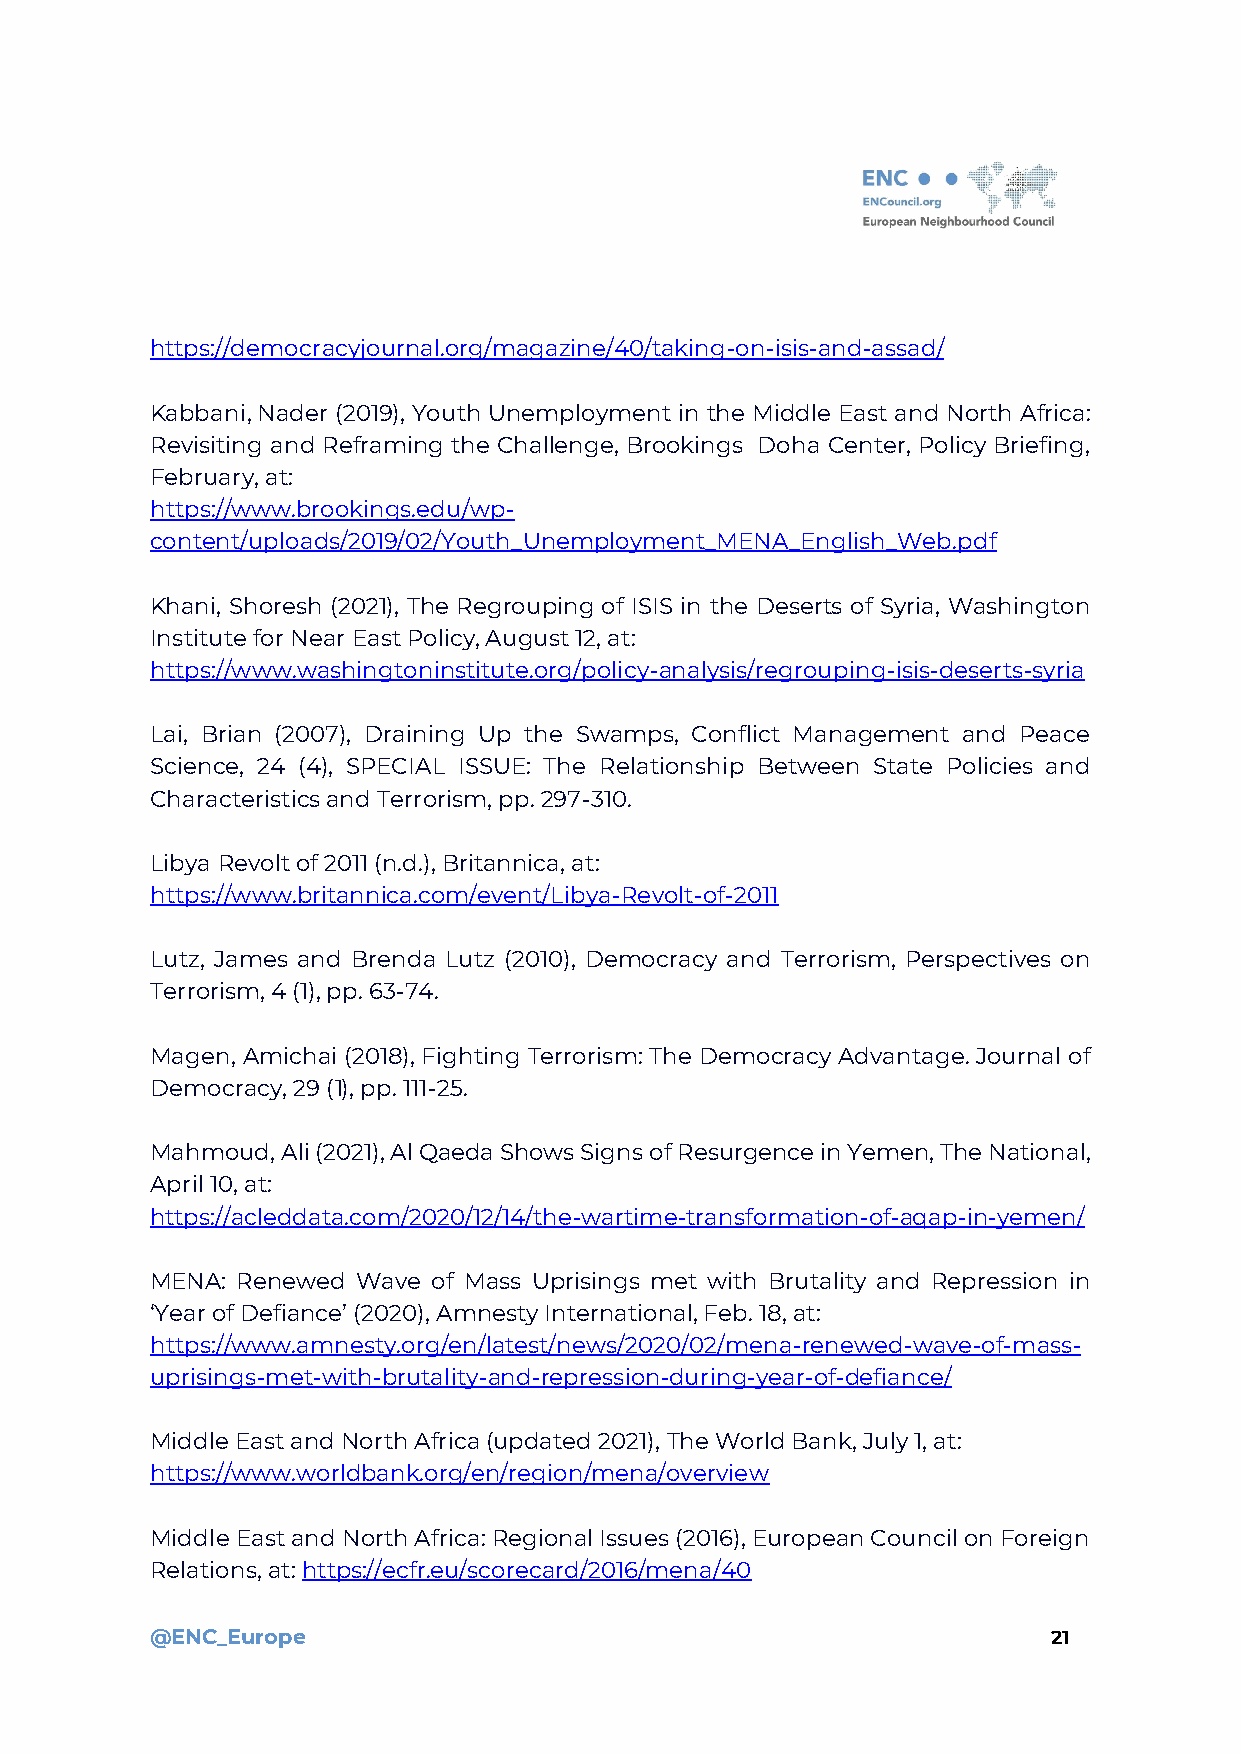
https://democracyjournal.org/magazine/40/taking-on-isis-and-assad/
 Kabbani, Nader (2019), Youth Unemployment in the Middle East and North Africa:
 Revisiting and Reframing the Challenge, Brookings Doha Center, Policy Briefing,
 February, at:
 https://www.brookings.edu/wp-
 content/uploads/2019/02/Youth_Unemployment_MENA_English_Web.pdf
 Khani, Shoresh (2021), The Regrouping of ISIS in the Deserts of Syria, Washington
 Institute for Near East Policy, August 12, at:
 https://www.washingtoninstitute.org/policy-analysis/regrouping-isis-deserts-syria
 Lai, Brian (2007), Draining Up the Swamps, Conflict Management and Peace
 Science, 24 (4), SPECIAL ISSUE: The Relationship Between State Policies and
 Characteristics and Terrorism, pp. 297-310.
 Libya Revolt of 2011 (n.d.), Britannica, at:
 https://www.britannica.com/event/Libya-Revolt-of-2011
 Lutz, James and Brenda Lutz (2010), Democracy and Terrorism, Perspectives on
 Terrorism, 4 (1), pp. 63-74.
 Magen, Amichai (2018), Fighting Terrorism: The Democracy Advantage. Journal of
 Democracy, 29 (1), pp. 111-25.
 Mahmoud, Ali (2021), Al Qaeda Shows Signs of Resurgence in Yemen, The National,
 April 10, at:
 https://acleddata.com/2020/12/14/the-wartime-transformation-of-aqap-in-yemen/
 MENA: Renewed Wave of Mass Uprisings met with Brutality and Repression in
 ‘Year of Defiance’ (2020), Amnesty International, Feb. 18, at:
 https://www.amnesty.org/en/latest/news/2020/02/mena-renewed-wave-of-mass-
 uprisings-met-with-brutality-and-repression-during-year-of-defiance/
 Middle East and North Africa (updated 2021), The World Bank, July 1, at:
 https://www.worldbank.org/en/region/mena/overview
 Middle East and North Africa: Regional Issues (2016), European Council on Foreign
 Relations, at: https://ecfr.eu/scorecard/2016/mena/40
 @ENC_Europe                                                 21